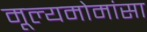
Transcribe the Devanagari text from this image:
मूल्यमोमांसा